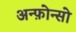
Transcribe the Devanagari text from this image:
अन्फ़ोन्सो